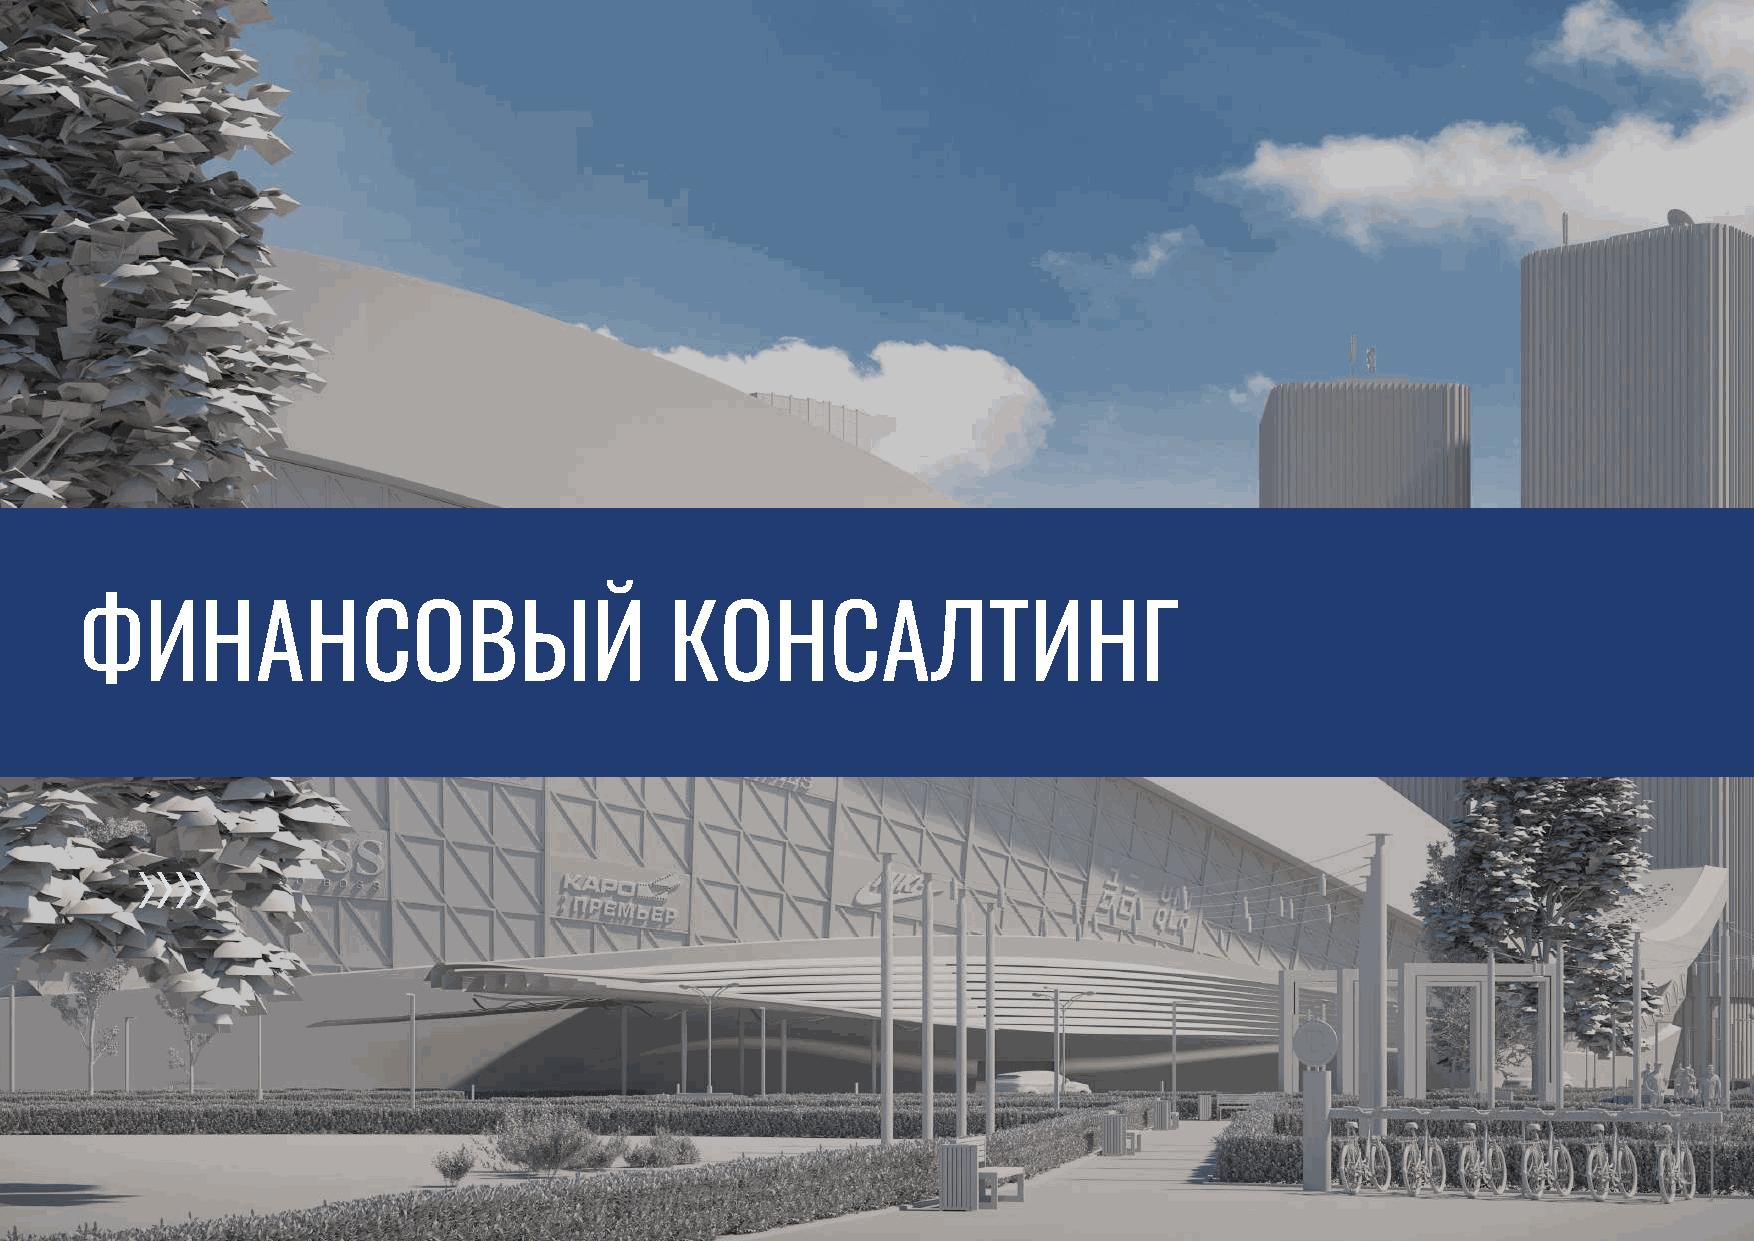
ФИНАНСОВЫЙ                             КОНСАЛТИНГ
 Атлант Оценка I 87